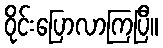
ဝိုင်းပြောလာကြပြီ။